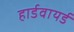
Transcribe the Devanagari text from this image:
हार्डवायर्ड